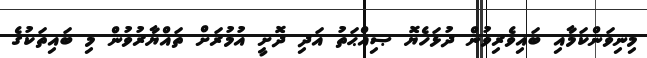
މިނިވަންކަމާއި ބައިވެރިވުން ދުޅަހެޔޮ ޞިއްޙަތު އަދި ދޮށީ އުމުރަށް ތައްޔާރުވުން މި ބައިތަކުގެ